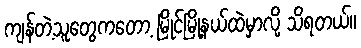
ကျန်တဲ့သူတွေကတော့ မြိုင်မြို့နယ်ထဲမှာလို့ သိရတယ်။